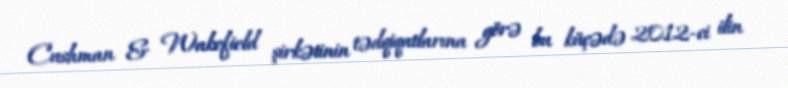
Cushman & Wakefield şirkətinin tədqiqatlarına görə bu küçədə 2012-ci ilin